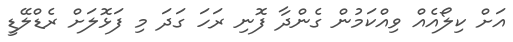
އަށް ކިލޯއެއް ވިއްކަމުން ގެންދާ ފޮނި ރަހަ ގަދަ މި ފަޅޮލަށް ރެޑްލޭޑީ